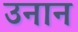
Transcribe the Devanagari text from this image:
उनान